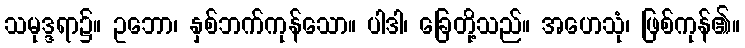
သမုဒ္ဒရာ၌။ ဥဘော၊ နှစ်ဘက်ကုန်သော။ ပါဒါ၊ ခြေတို့သည်။ အဟေသုံ၊ ဖြစ်ကုန်၏။